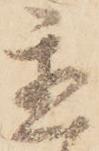
置